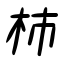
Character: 柿